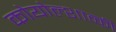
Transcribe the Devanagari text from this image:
कोयोल्शाव्की